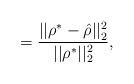
LaTeX: \begin{align*} = \frac{||\rho^* - \hat{\rho}||^2_2}{||\rho^*||_2^2},\end{align*}